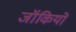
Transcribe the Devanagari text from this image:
जॉकियों